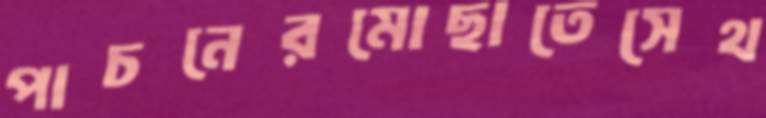
পাচনেরমোছাতেসেথ